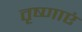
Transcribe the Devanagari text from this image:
तृष्णाएं